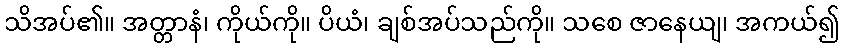
သိအပ်၏။ အတ္တာနံ၊ ကိုယ်ကို။ ပိယံ၊ ချစ်အပ်သည်ကို။ သစေ ဇာနေယျ၊ အကယ်၍